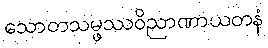
သောတသမ္ဖဿဝိညာဏာယတနံ